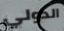
الدولي